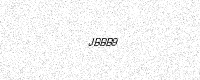
Text: JBBB9